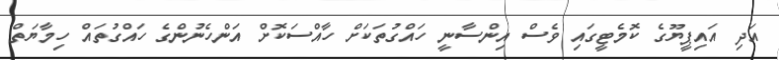
އަދި އައިޕީޔޫގެ ކޮމެޓީގައި ވެސް އިންސާނީ ހައްގުތަކަށް ހާއްސަކޮށް އަންހެނުންގެ ހައްގުތައް ހިމާޔަތް